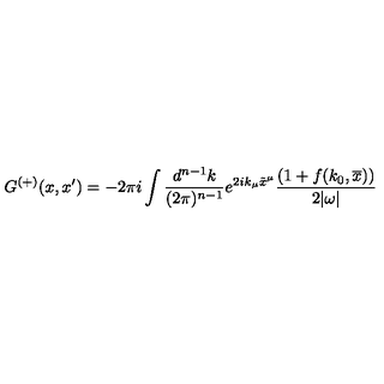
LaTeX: G ^ { ( + ) } ( x , x ^ { \prime } ) = - 2 \pi i \int \frac { d ^ { n - 1 } k } { ( 2 \pi ) ^ { n - 1 } } e ^ { 2 i k _ { \mu } \tilde { x } ^ { \mu } } \frac { ( 1 + f ( k _ { 0 } , \overline { x } ) ) } { 2 | \omega | }